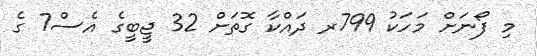
މި ފޯނަށް މަހަކު 799ރ ދައްކާ ގޮތަށް 32 ޖީބީގެ އެސް7 ގެ